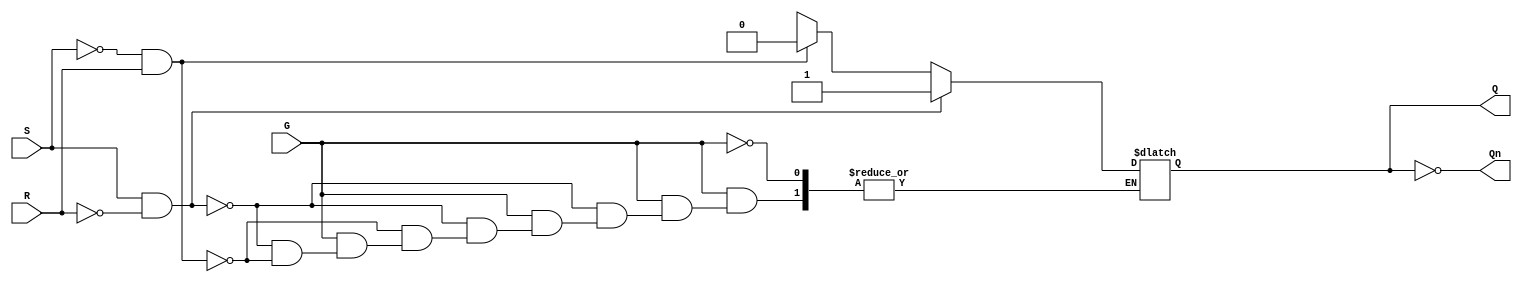
module gated_sr_latch (
    input wire S,      // Set input
    input wire R,      // Reset input
    input wire G,      // Gate input
    output reg Q,      // Output
    output wire Qn     // Complement of output
);

    assign Qn = ~Q; // Q' is the complement of Q

    always @(*) begin
        if (G) begin
            if (S && ~R) begin
                Q = 1;  // Set Q to 1
            end else if (~S && R) begin
                Q = 0;  // Reset Q to 0
            end else if (S && R) begin
                Q = Q;  // Indeterminate state (typically avoided)
            end else begin
                Q = Q;  // Maintain previous state
            end
        end
        // If G is low, Q retains its previous value
    end

endmodule